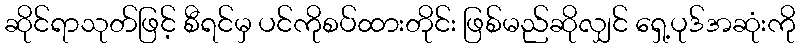
ဆိုင်ရာသုတ်ဖြင့် စီရင်မှ ပင်ကိုစပ်ထားတိုင်း ဖြစ်မည်ဆိုလျှင် ရှေ့ပုဒ်အဆုံးကို